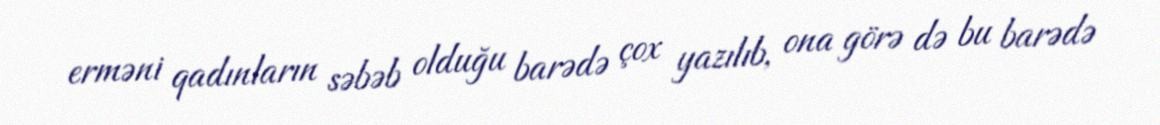
erməni qadınların səbəb olduğu barədə çox yazılıb, ona görə də bu barədə